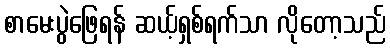
စာမေးပွဲဖြေရန် ဆယ့်ရှစ်ရက်သာ လိုတော့သည်